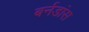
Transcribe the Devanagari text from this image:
बर्नडांस